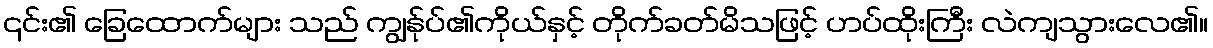
၎င်း၏ ခြေထောက်များ သည် ကျွန်ုပ်၏ကိုယ်နှင့် တိုက်ခတ်မိသဖြင့် ဟပ်ထိုးကြီး လဲကျသွားလေ၏။